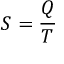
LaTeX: S = { \frac { Q } { T } }